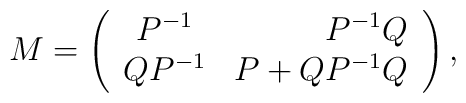
M=\left(\begin{array}{crc}P^{-1}&P^{-1}Q\\QP^{-1}&P+QP^{-1}Q\\\end{array}\right),